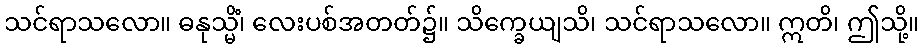
သင်ရာသလော။ ဓနုသ္မိံ၊ လေးပစ်အတတ်၌။ သိက္ခေယျသိ၊ သင်ရာသလော။ ဣတိ၊ ဤသို့။